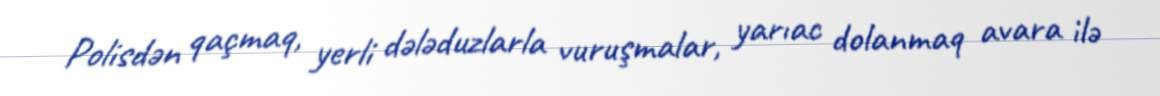
Polisdən qaçmaq, yerli dələduzlarla vuruşmalar, yarıac dolanmaq avara ilə